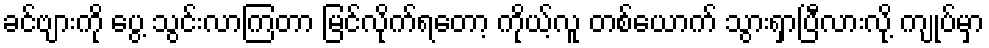
ခင်ဗျားကို ပွေ့ သွင်းလာကြတာ မြင်လိုက်ရတော့ ကိုယ့်လူ တစ်ယောက် သွားရှာပြီလားလို့ ကျုပ်မှာ